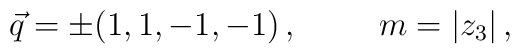
\vec{q}=\pm(1,1,-1,-1)\, ,\hspace{1cm}m=|z_{3}|\, ,